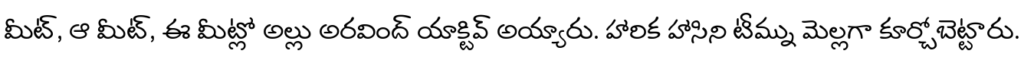
మీట్, ఆ మీట్, ఈ మీట్లో అల్లు అరవింద్ యాక్టివ్ అయ్యారు. హారిక హాసిని టీమ్ను మెల్లగా కూర్చోబెట్టారు.